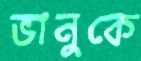
ভানুকে